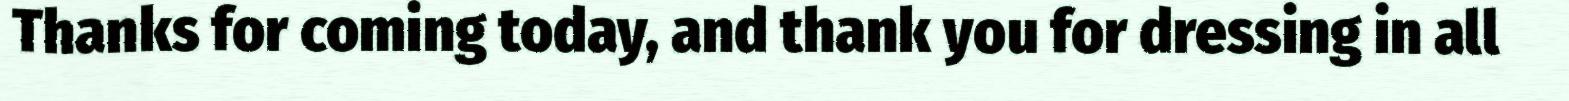
Thanks for coming today, and thank you for dressing in all